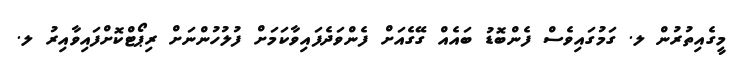
މީގެއިތުރުން ލ. ގަމުގައިވެސް ފެންބޮޑު ބައެއް ގޭގެއަށް ފެންވަދެފައިވާކަމަށް ފުލުހުންނަށް ރިޕޯޓްކޮށްފައިވާއިރު ލ.